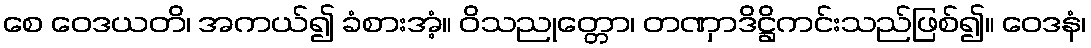
စေ ဝေဒယတိ၊ အကယ်၍ ခံစားအံ့။ ဝိသညုတ္တော၊ တဏှာဒိဋ္ဌိကင်းသည်ဖြစ်၍။ ဝေဒနံ၊